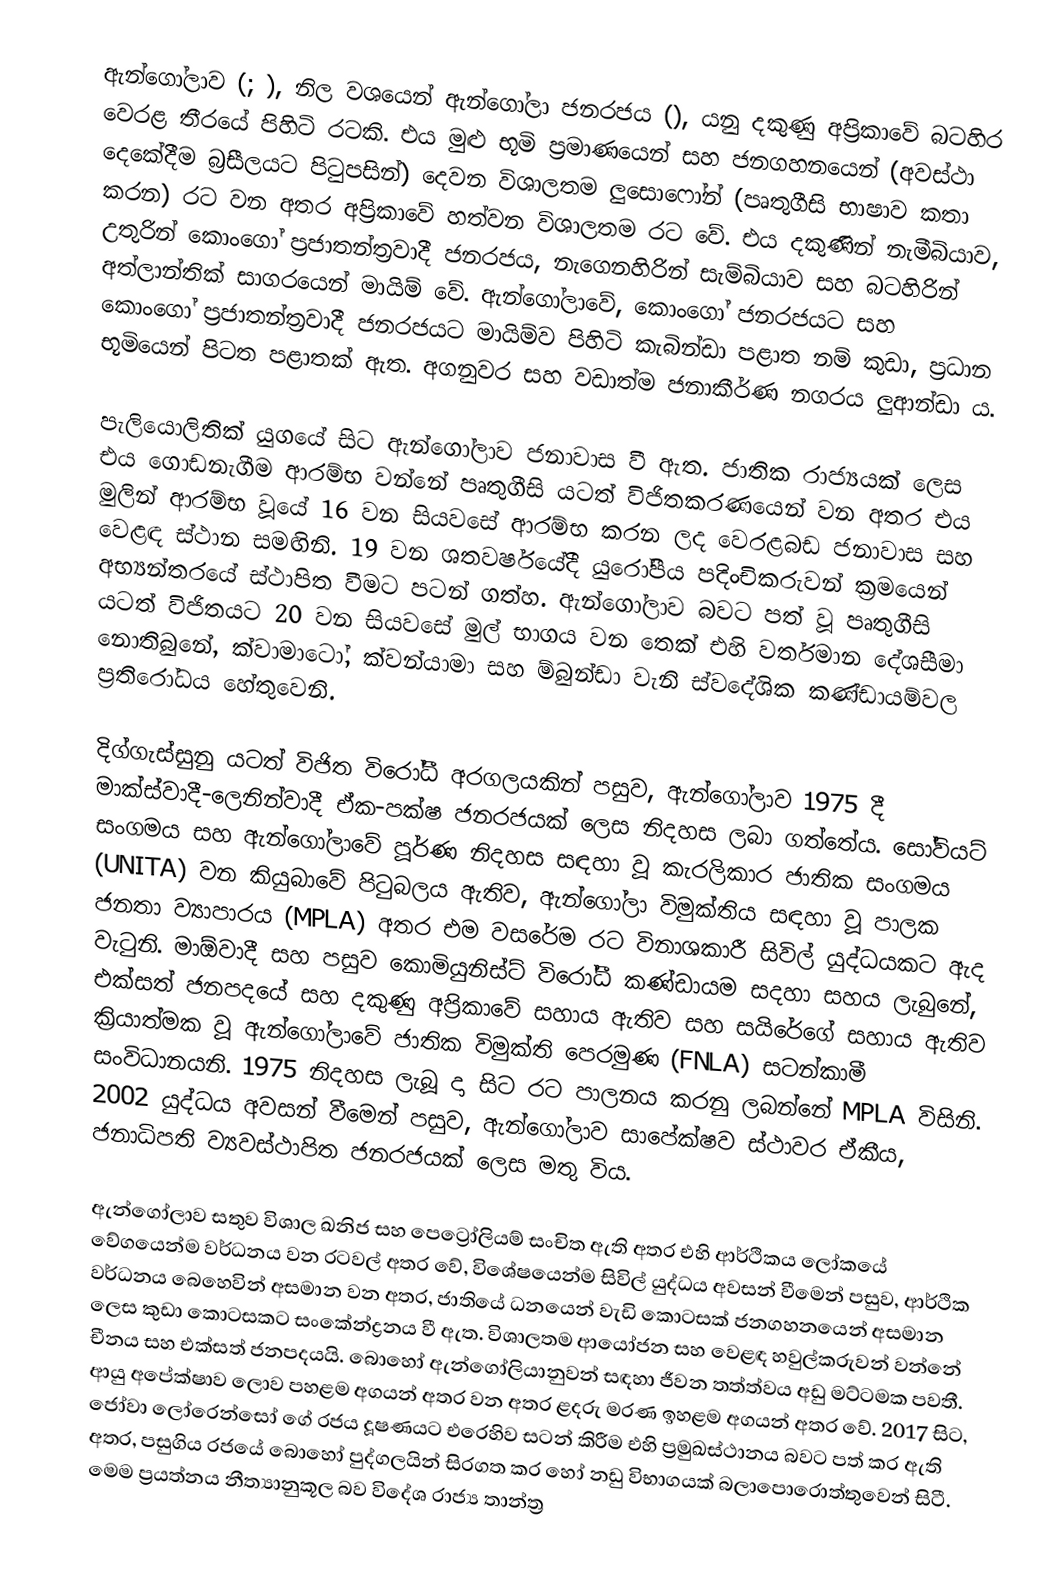
ඇන්ගෝලාව (; ),  නිල වශයෙන් ඇන්ගෝලා ජනරජය (), යනු දකුණු අප්‍රිකාවේ බටහිර වෙරළ තීරයේ පිහිටි රටකි. එය මුළු භූමි ප්‍රමාණයෙන් සහ ජනගහනයෙන් (අවස්ථා දෙකේදීම බ්‍රසීලයට පිටුපසින්) දෙවන විශාලතම ලුසොෆෝන් (පෘතුගීසි භාෂාව කතා කරන) රට වන අතර අප්‍රිකාවේ හත්වන විශාලතම රට වේ. එය දකුණින් නැමීබියාව, උතුරින් කොංගෝ ප්‍රජාතන්ත්‍රවාදී ජනරජය, නැගෙනහිරින් සැම්බියාව සහ බටහිරින් අත්ලාන්තික් සාගරයෙන් මායිම් වේ. ඇන්ගෝලාවේ, කොංගෝ ජනරජයට සහ කොංගෝ ප්‍රජාතන්ත්‍රවාදී ජනරජයට මායිම්ව පිහිටි කැබින්ඩා පළාත නම් කුඩා, ප්‍රධාන භූමියෙන් පිටත පළාතක් ඇත. අගනුවර සහ වඩාත්ම ජනාකීර්ණ නගරය ලුආන්ඩා ය.

පැලියොලිතික් යුගයේ සිට ඇන්ගෝලාව ජනාවාස වී ඇත. ජාතික රාජ්‍යයක් ලෙස එය ගොඩනැගීම ආරම්භ වන්නේ පෘතුගීසි යටත් විජිතකරණයෙන් වන අතර එය මුලින් ආරම්භ වූයේ 16 වන සියවසේ ආරම්භ කරන ලද වෙරළබඩ ජනාවාස සහ වෙළඳ ස්ථාන සමඟිනි. 19 වන ශතවර්ෂයේදී යුරෝපීය පදිංචිකරුවන් ක්‍රමයෙන් අභ්‍යන්තරයේ ස්ථාපිත වීමට පටන් ගත්හ. ඇන්ගෝලාව බවට පත් වූ පෘතුගීසි යටත් විජිතයට 20 වන සියවසේ මුල් භාගය වන තෙක් එහි වර්තමාන දේශසීමා නොතිබුනේ, ක්වාමාටෝ, ක්වන්යාමා සහ ම්බුන්ඩා වැනි ස්වදේශික කණ්ඩායම්වල ප්‍රතිරෝධය හේතුවෙනි.

දිග්ගැස්සුනු යටත් විජිත විරෝධී අරගලයකින් පසුව, ඇන්ගෝලාව 1975 දී මාක්ස්වාදී-ලෙනින්වාදී ඒක-පක්ෂ ජනරජයක් ලෙස නිදහස ලබා ගත්තේය. සෝවියට් සංගමය සහ ඇන්ගෝලාවේ පූර්ණ නිදහස සඳහා වූ කැරලිකාර ජාතික සංගමය (UNITA) වන කියුබාවේ පිටුබලය ඇතිව, ඇන්ගෝලා විමුක්තිය සඳහා වූ පාලක ජනතා ව්‍යාපාරය (MPLA) අතර එම වසරේම රට විනාශකාරී සිවිල් යුද්ධයකට ඇද වැටුනි. මාඕවාදී සහ පසුව කොමියුනිස්ට් විරෝධී කණ්ඩායම සදහා සහය ලැබුනේ, එක්සත් ජනපදයේ සහ දකුණු අප්‍රිකාවේ සහාය ඇතිව සහ සයිරේගේ සහාය ඇතිව ක්‍රියාත්මක වූ ඇන්ගෝලාවේ ජාතික විමුක්ති පෙරමුණ (FNLA) සටන්කාමී සංවිධානයනි. 1975 නිදහස ලැබූ දා සිට රට පාලනය කරනු ලබන්නේ MPLA විසිනි. 2002 යුද්ධය අවසන් වීමෙන් පසුව, ඇන්ගෝලාව සාපේක්ෂව ස්ථාවර ඒකීය, ජනාධිපති ව්‍යවස්ථාපිත ජනරජයක් ලෙස මතු විය.

ඇන්ගෝලාව සතුව විශාල ඛනිජ සහ පෙට්‍රෝලියම් සංචිත ඇති අතර එහි ආර්ථිකය ලෝකයේ වේගයෙන්ම වර්ධනය වන රටවල් අතර වේ, විශේෂයෙන්ම සිවිල් යුද්ධය අවසන් වීමෙන් පසුව, ආර්ථික වර්ධනය බෙහෙවින් අසමාන වන අතර, ජාතියේ ධනයෙන් වැඩි කොටසක් ජනගහනයෙන් අසමාන ලෙස කුඩා කොටසකට සංකේන්ද්‍රනය වී ඇත. විශාලතම ආයෝජන සහ වෙළඳ හවුල්කරුවන් වන්නේ චීනය සහ එක්සත් ජනපදයයි. බොහෝ ඇන්ගෝලියානුවන් සඳහා ජීවන තත්ත්වය අඩු මට්ටමක පවතී. ආයු අපේක්ෂාව ලොව පහළම අගයන් අතර වන අතර ළදරු මරණ ඉහළම අගයන් අතර වේ. 2017 සිට, ජෝවා ලෝරෙන්සෝ ගේ රජය දූෂණයට එරෙහිව සටන් කිරීම එහි ප්‍රමුඛස්ථානය බවට පත් කර ඇති අතර, පසුගිය රජයේ බොහෝ පුද්ගලයින් සිරගත කර හෝ නඩු විභාගයක් බලාපොරොත්තුවෙන් සිටී. මෙම ප්‍රයත්නය නීත්‍යානුකූල බව විදේශ රාජ්‍ය තාන්ත්‍ර